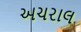
અચરાલ